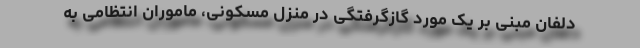
دلفان مبنی بر یک مورد گازگرفتگی در منزل مسکونی، ماموران انتظامی به